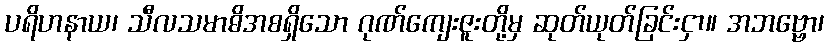
ပရိဟနာယ၊ သီလသမာဓိအစရှိသော ဂုဏ်ကျေးဇူးတို့မှ ဆုတ်ယုတ်ခြင်းငှာ။ အဘဗ္ဗော၊